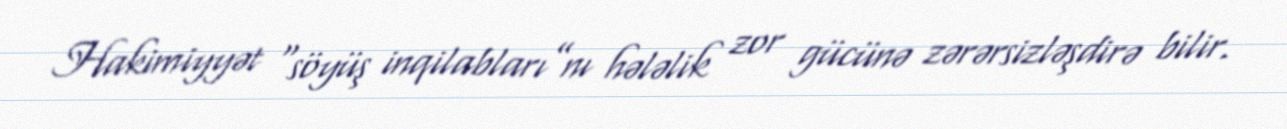
Hakimiyyət “söyüş inqilabları”nı hələlik zor gücünə zərərsizləşdirə bilir.